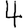
Digit: 4